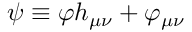
\psi \equiv \varphi h _ { \mu \nu } + \varphi _ { \mu \nu }